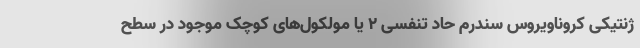
ژنتیکی کروناویروس سندرم حاد تنفسی ۲ یا مولکول‌های کوچک موجود در سطح